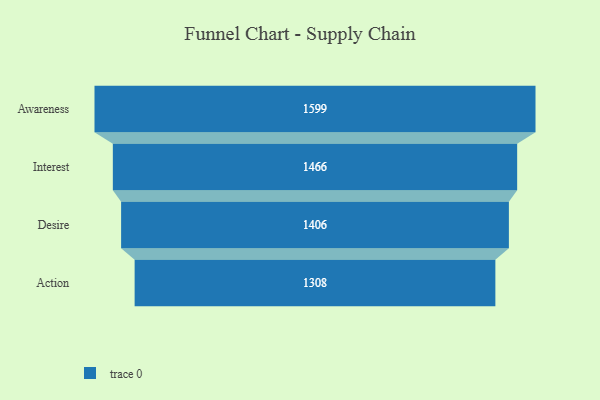
{"axis": {"x": "Stage", "y": "Value"}, "legend": [""], "data": [{"x": "Awareness", "y": 1599.0, "type": ""}, {"x": "Interest", "y": 1466.0, "type": ""}, {"x": "Desire", "y": 1406.0, "type": ""}, {"x": "Action", "y": 1308.0, "type": ""}]}